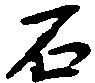
石